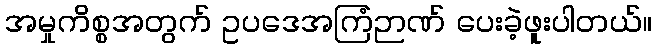
အမှုကိစ္စအတွက် ဥပဒေအကြံဉာဏ် ပေးခဲ့ဖူးပါတယ်။